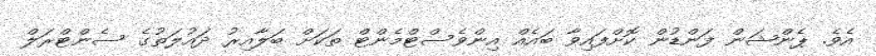
އެވެ. ޕެންޝަން ފަންޑުން ކޮށްފައިވާ ބައެއް އިންވެސްޓްމެންޓް ތަކަށް ބަލާއިރު ދައުލަތުގެ ސެންޓްރަލް